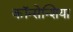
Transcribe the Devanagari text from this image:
कॉन्सेन्शिया